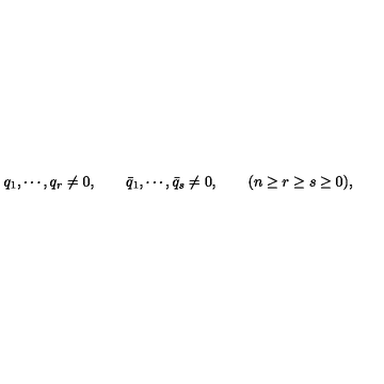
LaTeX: q _ { 1 } , \cdots , q _ { r } \neq 0 , \qquad \bar { q } _ { 1 } , \cdots , \bar { q } _ { s } \neq 0 , \qquad ( n \geq r \geq s \geq 0 ) ,